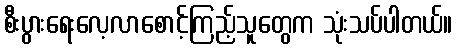
စီးပွားရေးလေ့လာစောင့်ကြည့်သူတွေက သုံးသပ်ပါတယ်။